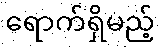
ရောက်ရှိမည့်